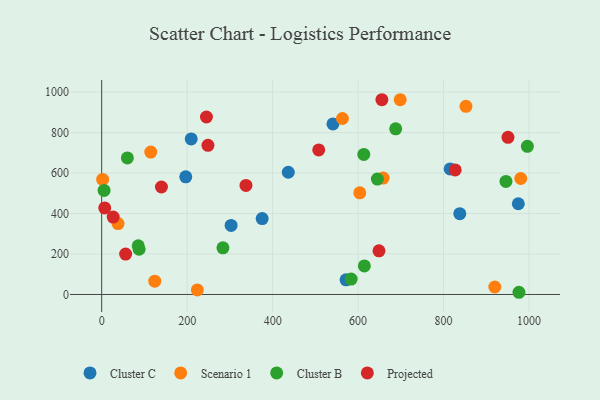
{"axis": {"x": "Price", "y": "Fuel Efficiency"}, "legend": ["Cluster B", "Cluster C", "Projected", "Scenario 1"], "data": [{"x": "837.9", "y": 399.5, "type": "Cluster C"}, {"x": "541.1", "y": 842.9, "type": "Cluster C"}, {"x": "302.8", "y": 341.2, "type": "Cluster C"}, {"x": "815.3", "y": 620.4, "type": "Cluster C"}, {"x": "436.6", "y": 604.2, "type": "Cluster C"}, {"x": "974.8", "y": 448.4, "type": "Cluster C"}, {"x": "375.5", "y": 375.1, "type": "Cluster C"}, {"x": "209.5", "y": 768.7, "type": "Cluster C"}, {"x": "571.8", "y": 72.2, "type": "Cluster C"}, {"x": "196.7", "y": 581.5, "type": "Cluster C"}, {"x": "603.9", "y": 502.3, "type": "Scenario 1"}, {"x": "114.8", "y": 703.9, "type": "Scenario 1"}, {"x": "980.5", "y": 573.3, "type": "Scenario 1"}, {"x": "2.2", "y": 568.9, "type": "Scenario 1"}, {"x": "658.5", "y": 575.2, "type": "Scenario 1"}, {"x": "38.3", "y": 350.7, "type": "Scenario 1"}, {"x": "919.8", "y": 36.9, "type": "Scenario 1"}, {"x": "563.3", "y": 869.8, "type": "Scenario 1"}, {"x": "223.8", "y": 22.6, "type": "Scenario 1"}, {"x": "124.2", "y": 65.7, "type": "Scenario 1"}, {"x": "852.3", "y": 929.9, "type": "Scenario 1"}, {"x": "698.5", "y": 962.6, "type": "Scenario 1"}, {"x": "996.0", "y": 732.3, "type": "Cluster B"}, {"x": "60.1", "y": 675.0, "type": "Cluster B"}, {"x": "945.9", "y": 558.8, "type": "Cluster B"}, {"x": "283.7", "y": 230.7, "type": "Cluster B"}, {"x": "87.5", "y": 223.6, "type": "Cluster B"}, {"x": "614.6", "y": 141.3, "type": "Cluster B"}, {"x": "583.7", "y": 76.2, "type": "Cluster B"}, {"x": "687.9", "y": 818.8, "type": "Cluster B"}, {"x": "645.0", "y": 570.3, "type": "Cluster B"}, {"x": "5.6", "y": 514.3, "type": "Cluster B"}, {"x": "976.3", "y": 10.9, "type": "Cluster B"}, {"x": "85.5", "y": 240.6, "type": "Cluster B"}, {"x": "613.3", "y": 692.2, "type": "Cluster B"}, {"x": "507.8", "y": 714.4, "type": "Projected"}, {"x": "655.6", "y": 962.6, "type": "Projected"}, {"x": "56.0", "y": 199.6, "type": "Projected"}, {"x": "827.1", "y": 615.7, "type": "Projected"}, {"x": "26.9", "y": 382.6, "type": "Projected"}, {"x": "245.1", "y": 877.2, "type": "Projected"}, {"x": "648.8", "y": 215.9, "type": "Projected"}, {"x": "950.6", "y": 776.6, "type": "Projected"}, {"x": "7.1", "y": 427.8, "type": "Projected"}, {"x": "248.6", "y": 737.4, "type": "Projected"}, {"x": "139.8", "y": 531.3, "type": "Projected"}, {"x": "337.6", "y": 538.8, "type": "Projected"}]}